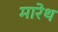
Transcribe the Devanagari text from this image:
मारेथ